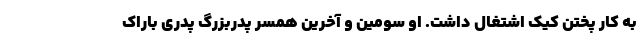
به کار پختن کیک اشتغال داشت. او سومین و آخرین همسر پدربزرگ پدری باراک